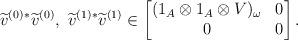
LaTeX: \begin{align*}\widetilde{v}^{(0)}{}^*\widetilde{v}^{(0)},\ \widetilde{v}^{(1)}{}^*\widetilde{v}^{(1)}\in \begin{bmatrix}(1_A\otimes 1_A\otimes V)_\omega&0\\0&0\end{bmatrix}.\end{align*}